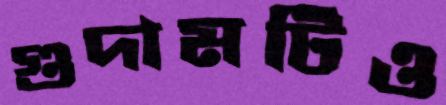
গুদামটিও